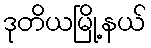
ဒုတိယမြို့နယ်